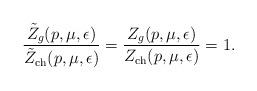
LaTeX: \begin{align*}\frac{\tilde{Z}_g(p,\mu,\epsilon)}{\tilde{Z}_{\rm ch}(p,\mu,\epsilon)} = \frac{Z_g(p,\mu,\epsilon)}{Z_{\rm ch}(p,\mu,\epsilon)} = 1.\end{align*}